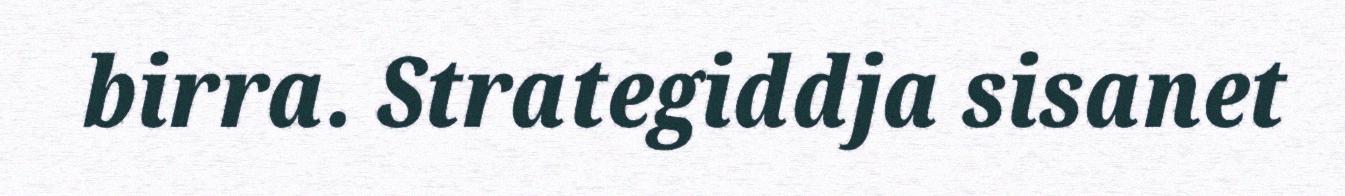
birra. Strategiddja sisanet